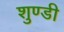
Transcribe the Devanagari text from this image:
शुण्डी